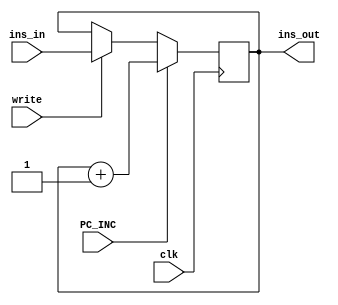
//Program Counter

module PC (input clk, write, PC_INC,
           input [23:0] ins_in,      // C bus to PC
           output [23:0] ins_out     // PC to IMEM 
);
    reg [23:0] register ;
    
    initial begin
        register = 24'b0;
    end

    assign ins_out = register;

    always @(posedge clk ) begin
        if (write) begin
            register <= ins_in;
        end

        if (PC_INC) begin
            register <= register + 24'b00000001;
        end
    end


endmodule //PC